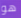
هو